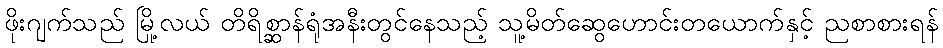
ဖိုးဂျက်သည် မြို့လယ် တိရိစ္ဆာန်ရုံအနီးတွင်နေသည့် သူ့မိတ်ဆွေဟောင်းတယောက်နှင့် ညစာစားရန်